Report of the veterinary officer investigating camel disease
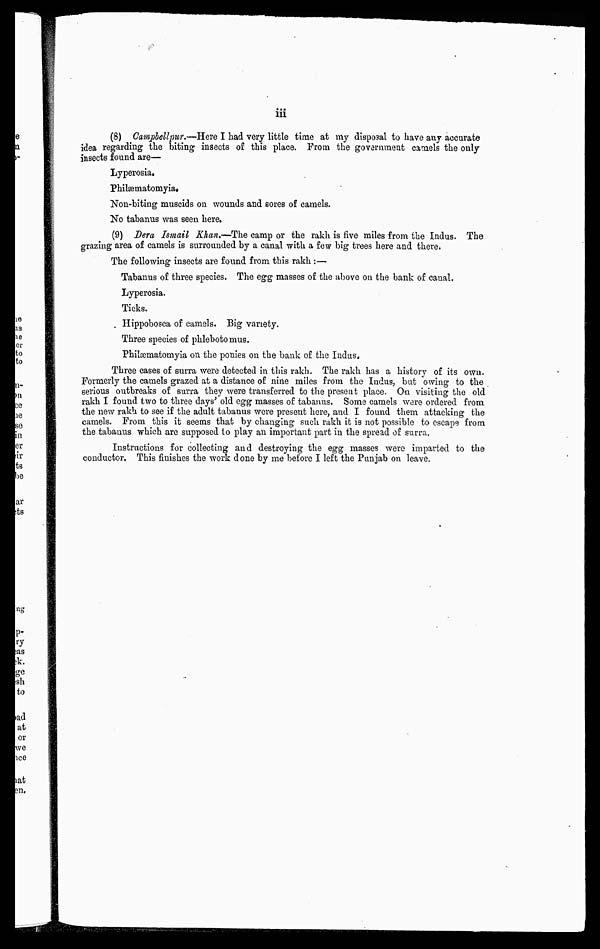
iii
(8) Campbellpur.—Here I had very little time at my disposal to have any accurate
idea regarding the biting insects of this place. From the government camels the only
insects found are—
Lyperosia.
Philæmatomyia.
Non-biting muscids on wounds and sores of camels.
No tabanus was seen here.
(9) Dera Ismail Khan.—The camp or the rakh is five miles from the Indus. The
grazing area of camels is surrounded by a canal with a few big trees here and there.
The following insects are found from this rakh:—
Tabanus of three species. The egg masses of the above on the bank of caual.
Lyperosia.
Ticks.
Hippobosea of camels. Big variety.
Three species of phlebotomus.
Philæmatomyia oil the ponies on the bank of the Indus,
Three cases of surra were detected in this rakh. The rakh has a history of its own.
Formerly the camels grazed at a distance of nine miles from the Indus, but owing to the
serious outbreaks of surra they were transferred to the present place. On visiting the old
rakh I found two to three days' old egg masses of tabanus. Some camels were ordered from
the new rakh to see if the adult tabanus were present here, and I found them attacking the
camels. From this it seems that by changing such rakh it is not possible to escape from
the tabanus which are supposed to play an important part in the spread of surra.
Instructions for collecting and destroying the egg masses were imparted to the
conductor. This finishes the work d one by me before I left the Punjab on leave.